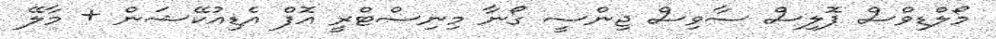
މޯލްޑިވްސް ޕޮލިސް ސާވިސް ޖިންސީ ގޯނާ މިނިސްޓްރީ އޮފް އެޑިއުކޭޝަން + މާލޭ